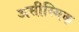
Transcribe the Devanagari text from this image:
असीस्मिक